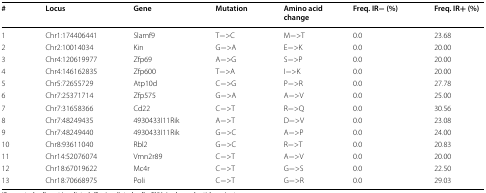
| # | Locus | Gene | Mutation | Amino acid change | Freq. IR− (%) | Freq. IR+ (%) |
 | --- | --- | --- | --- | --- | --- | --- |
 | 1 | Chr1:174406441 | Slamf9 | T−>C | M−>T | 0.0 | 23.68 |
 | 2 | Chr2:10014034 | Kin | G−>A | E−>K | 0.0 | 20.00 |
 | 3 | Chr4:120619977 | Zfp69 | A−>G | S−>P | 0.0 | 20.00 |
 | 4 | Chr4:146162835 | Zfp600 | T−>A | I−>K | 0.0 | 20.00 |
 | 5 | Chr5:72655729 | Atp10d | C−>G | P−>R | 0.0 | 27.78 |
 | 6 | Chr7:25371714 | Zfp575 | G−>A | A−>V | 0.0 | 25.00 |
 | 7 | Chr7:31658366 | Cd22 | C−>T | R−>Q | 0.0 | 30.56 |
 | 8 | Chr7:48249435 | 4930433I11Rik | A−>T | D−>V | 0.0 | 23.08 |
 | 9 | Chr7:48249440 | 4930433I11Rik | G−>C | A−>P | 0.0 | 24.00 |
 | 10 | Chr8:93611040 | Rbl2 | G−>C | R−>T | 0.0 | 20.83 |
 | 11 | Chr14:52076074 | Vmn2r89 | C−>T | A−>V | 0.0 | 20.00 |
 | 12 | Chr18:67019622 | Mc4r | C−>T | G−>S | 0.0 | 22.50 |
 | 13 | Chr18:70668975 | Poli | C−>T | G−>R | 0.0 | 29.03 |